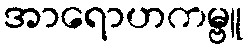
အာရောဟကမ္ဗူ